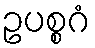
ဥပစ္စဂံ